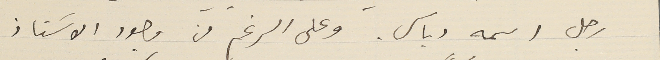
رجل اسمه دباس. وعلى الرغم من وجود الاسَتاذ